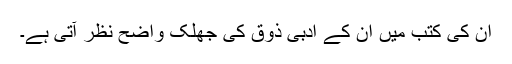
ان کی کتب میں ان کے ادبی ذوق کی جھلک واضح نظر آتی ہے۔